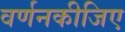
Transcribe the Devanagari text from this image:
वर्णनकीजिए